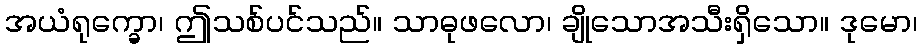
အယံရုက္ခော၊ ဤသစ်ပင်သည်။ သာဓုဖလော၊ ချိုသောအသီးရှိသော။ ဒုမော၊